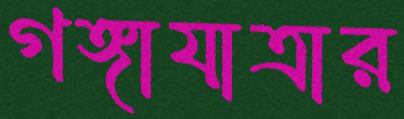
গঙ্গাযাত্রার